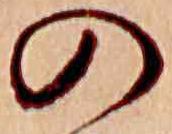
の